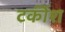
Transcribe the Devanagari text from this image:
टर्कीश